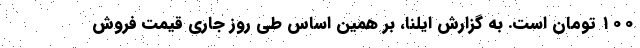
۱۰۰ تومان است. به گزارش ایلنا، بر همین‌ اساس طی روز جاری قیمت فروش